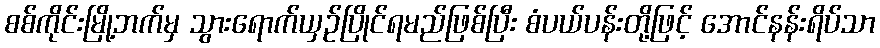
စစ်ကိုင်းမြို့ဘက်မှ သွားရောက်ယှဉ်ပြိုင်ရမည်ဖြစ်ပြီး စံပယ်ပန်းတို့ဖြင့် အောင်နန်းရိပ်သာ